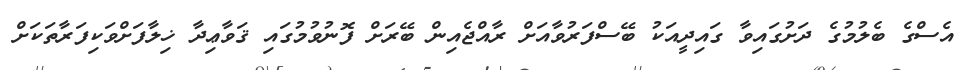
އެސްގެ ބެލުމުގެ ދަށުގައިވާ ގައިދީއަކު ބޭސްފަރުވާއަށް ރާއްޖެއިން ބޭރަށް ފޮނުވުމުގައި ޤަވާޢިދާ ޚިލާފަށްވަކިފަރާތަކަށް